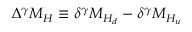
\Delta ^ { \gamma } M _ { H } \equiv \delta ^ { \gamma } M _ { H _ { d } } - \delta ^ { \gamma } M _ { H _ { u } }